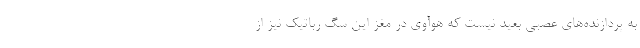
به پردازنده‌های عصبی بعید نیست که هوآوی در مغز این سگ رباتیک نیز از